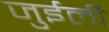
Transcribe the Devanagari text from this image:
जुईली